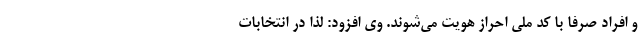
و افراد صرفا با کد ملی احراز هویت می‌شوند. وی افزود: لذا در انتخابات